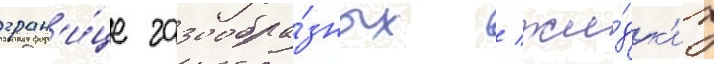
гран'и́це газообра́зных / жи́дк'их